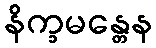
နိက္ခမန္တေန